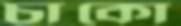
চাকো